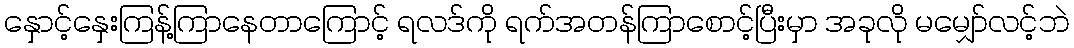
နှောင့်နှေးကြန့်ကြာနေတာကြောင့် ရလဒ်ကို ရက်အတန်ကြာစောင့်ပြီးမှာ အခုလို မမျှော်လင့်ဘဲ